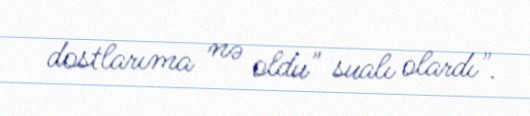
dostlarıma nə oldu" sualı olardı".